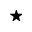
^ \star